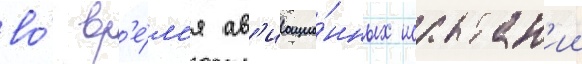
во́ вр'е́м'я ав'иацио́нных испытан'ии